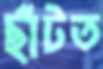
ছাঁটত